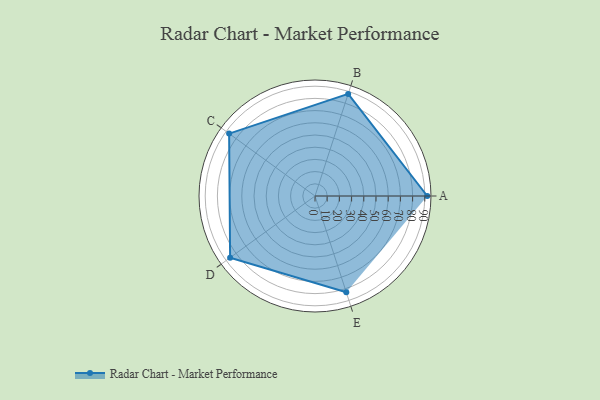
{"axis": {"x": "Skill", "y": "Score"}, "legend": ["Profile"], "data": [{"x": "A", "y": 92.0, "type": "Profile"}, {"x": "B", "y": 88.0, "type": "Profile"}, {"x": "C", "y": 87.0, "type": "Profile"}, {"x": "D", "y": 86.0, "type": "Profile"}, {"x": "E", "y": 83.0, "type": "Profile"}]}